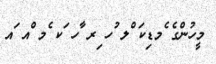
މީހުންގެ ެމޑިކަ ްލ ުހ ިރ ާހ ަކ ެމ ްއ ައ